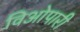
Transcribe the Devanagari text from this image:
विओपारी